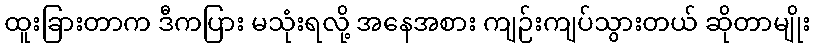
ထူးခြားတာက ဒီကပြား မသုံးရလို့ အနေအစား ကျဉ်းကျပ်သွားတယ် ဆိုတာမျိုး